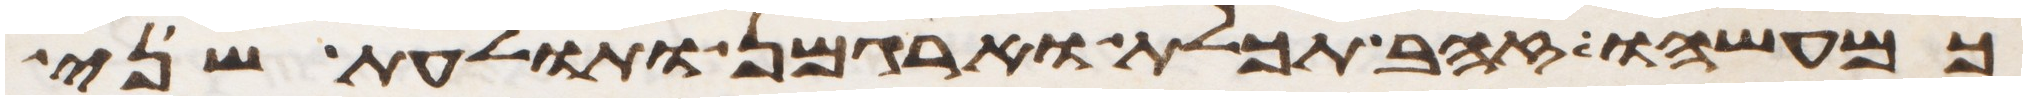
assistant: כמעשהו זהב תכלת וארגמן ותולעת שני